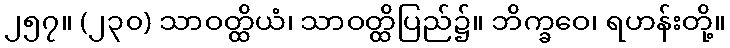
၂၅၇။ (၂၃၀) သာဝတ္ထိယံ၊ သာဝတ္ထိပြည်၌။ ဘိက္ခဝေ၊ ရဟန်းတို့။